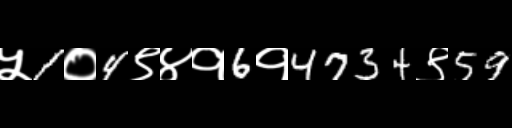
Text: ५1०4९४१6१4734९59